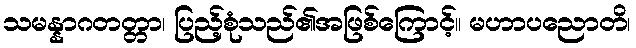
သမန္နာဂတတ္တာ၊ ပြည့်စုံသည်၏အဖြစ်ကြောင့်။ မဟာပညောတိ၊